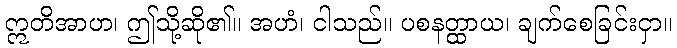
ဣတိအာဟ၊ ဤသို့ဆို၏။ အဟံ၊ ငါသည်။ ပစနတ္ထာယ၊ ချက်စေခြင်းငှာ။